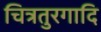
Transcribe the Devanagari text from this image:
चित्रतुरगादि